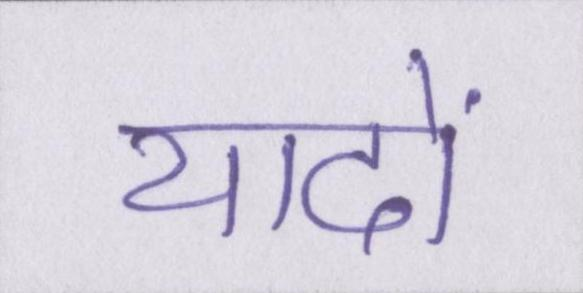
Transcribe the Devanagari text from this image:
यादों